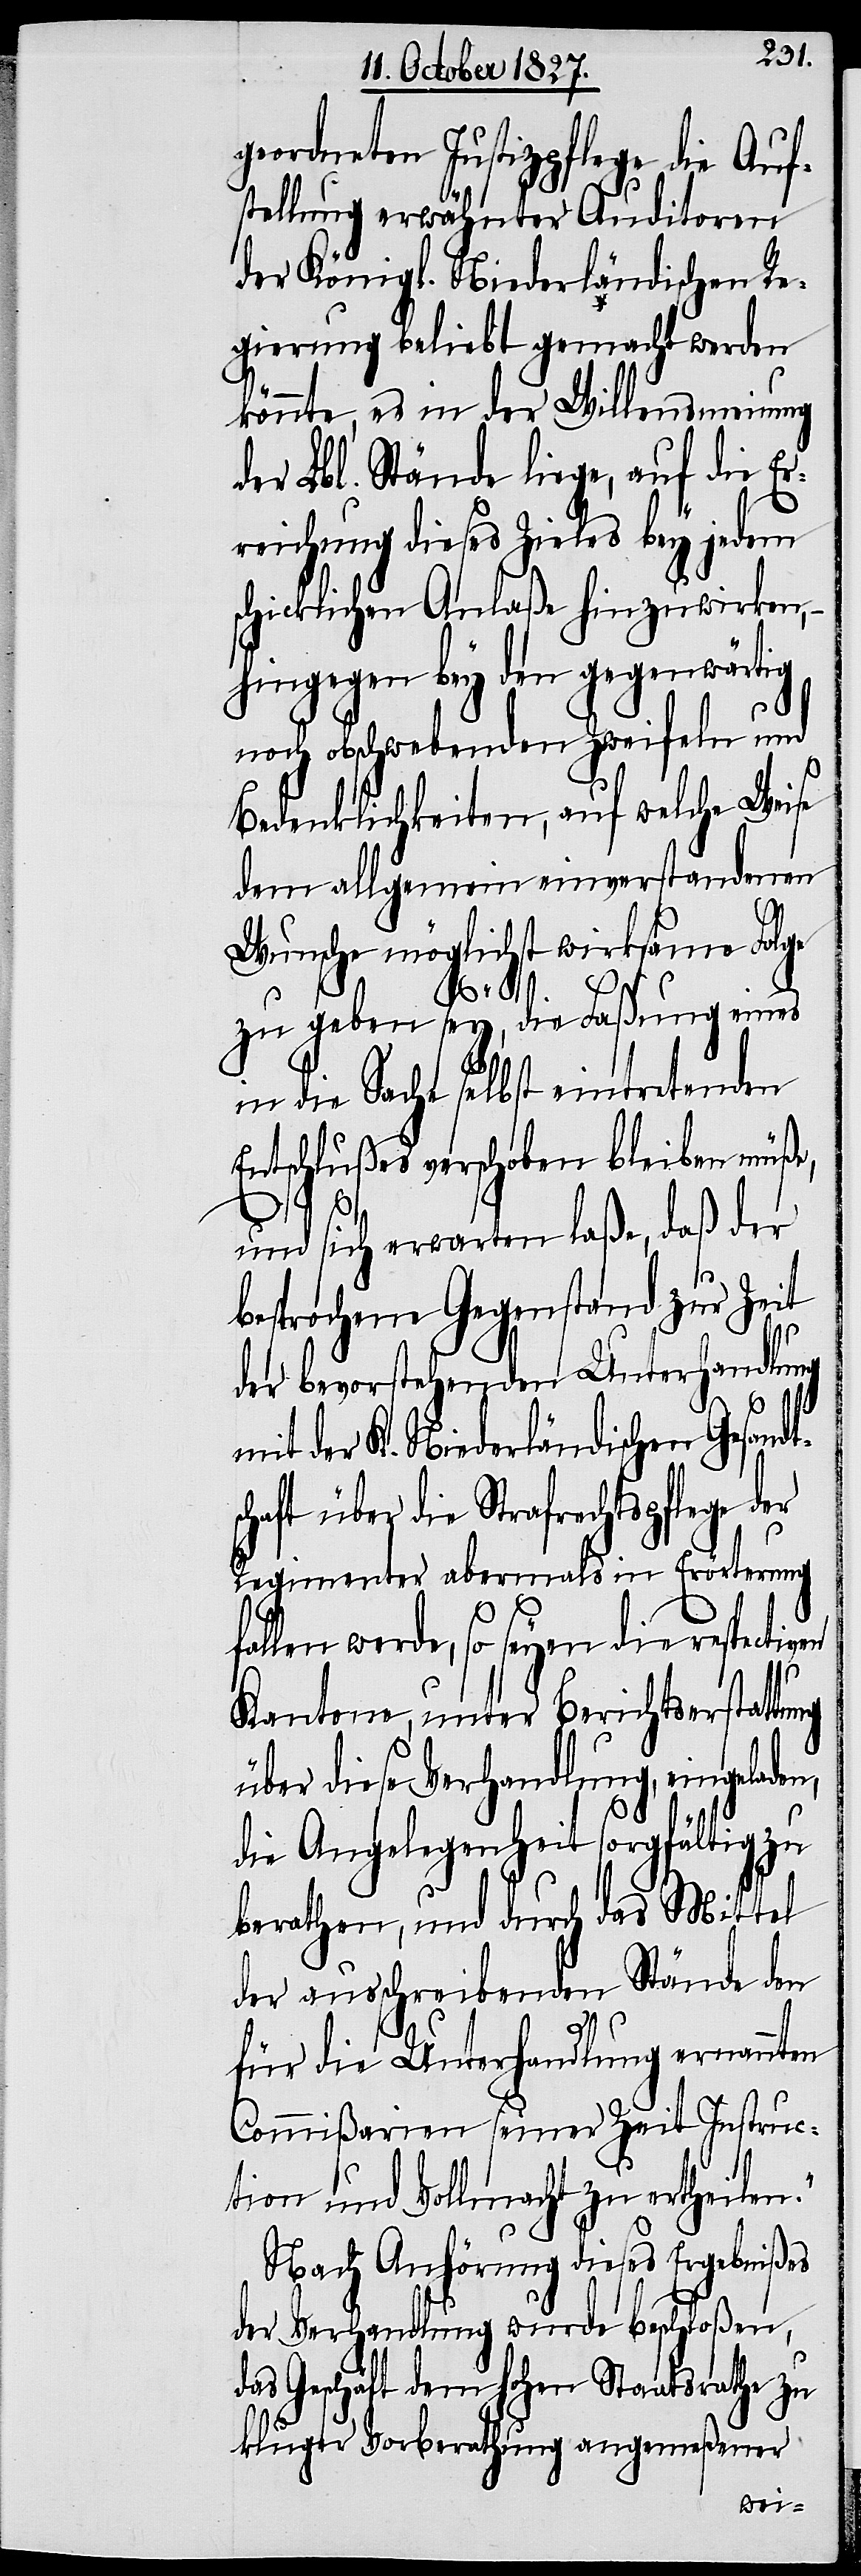
geordneten Justizpflege die Auf¬
stellung erwähnter Auditoren
der Königl. Niederländischen Re¬
gierung beliebt gemacht werden
könnte, es in der Willensmeinung
der Lbl. Stände liege, auf die Er¬
reichung dieses Zieles bey jedem
schicklichen Anlaße hinzuwirken,
hingegen bey den gegenwärtig
noch obschwebenden Zweifeln und
Bedenklichkeiten, auf welche Weise
dem allgemein einverstandenen
Wunsche möglichst wirksame Folge
zu geben sey, die Faßung eines
in die Sache selbst eintretenden
Entschlußes verschoben bleiben müße,
tsc¬
und sich erwarten laße, daß der
besprochene Gegenstand zur Zeit
der bevorstehenden Unterhandlung
mit der K. Niederländischen Gesand¬
haft über die Strafrechtspflege
Regimenter abermals in Erörterung
fallen werde, so seyen die respectiven
Kantone, unter Berichtserstattung
über diese Verhandlung, eingeladen,
die Angelegenheit sorgfältig zu
berathen, und durch das Mittel
der ausschreibenden Stände den
für die Unterhandlung ernannten
Commißarien seiner Zeit Instruc¬
tion und Vollmacht zu ertheilen.“
Nach Anhörung dieses Ergebnißes
der Verhandlung wurde beschloßen,
das Geschäft dem hohen Staatsrathe zu
kluger Vorberathung angemeßener